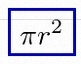
\pi r^2